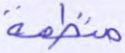
منظمة